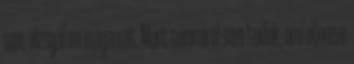
sem vizsgálom magamat. Mert semmiről sem tudok, ami ellenem